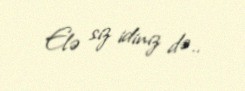
Elə siz idiniz də..